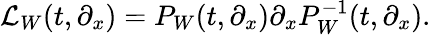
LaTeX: {\cal L}_{W}(t,\partial_{x})=P_{W}(t,\partial_{x})\partial_{x}P_{W}^{-1}(t,\partial_{x}).